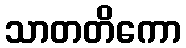
သာတတိကော